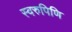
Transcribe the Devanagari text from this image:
स्वरुपिणि